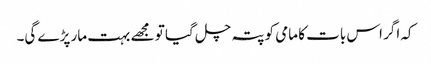
کہ اگر اس بات کا مامی کو پتہ چل گیا تو مجھے بہت مار پڑے گی۔